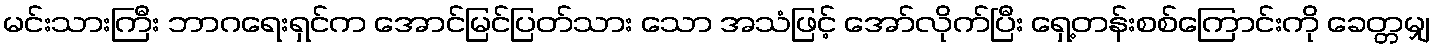
မင်းသားကြီး ဘာဂရေးရှင်က အောင်မြင်ပြတ်သား သော အသံဖြင့် အော်လိုက်ပြီး ရှေ့တန်းစစ်ကြောင်းကို ခေတ္တမျှ